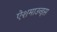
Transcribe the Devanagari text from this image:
ऐशमाउन्ड्स